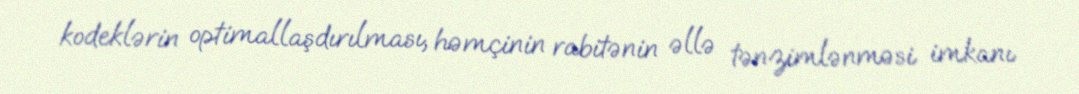
kodeklərin optimallaşdırılması, həmçinin rabitənin əllə tənzimlənməsi imkanı